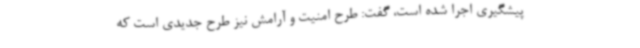
پیشگیری اجرا شده است، گفت: طرح امنیت و آرامش نیز طرح جدیدی است که